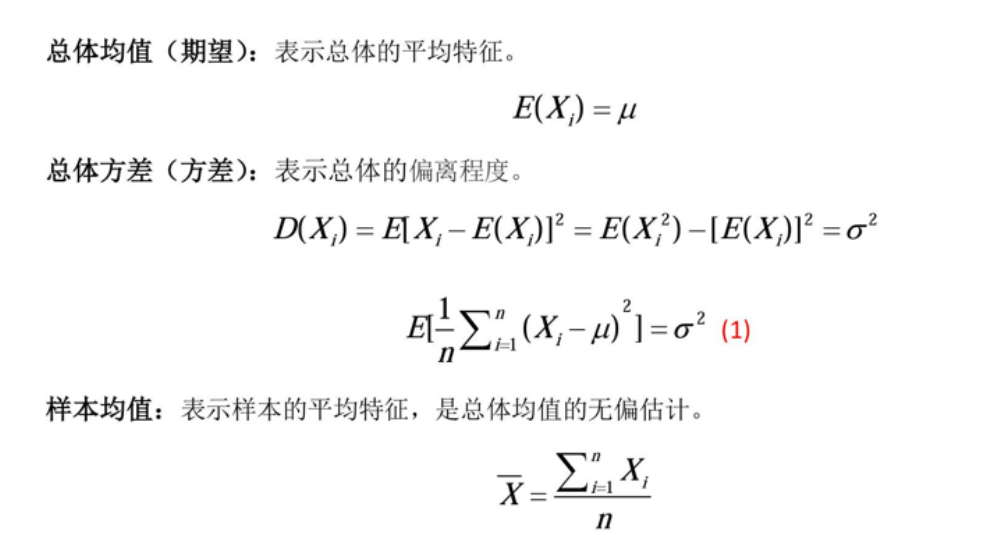
总体均值（期望）：表示总体的平均特征。
\[E(X_{i}) = \mu\]
总体方差（方差）：表示总体的偏离程度。
\[
\begin{align*}
D(X_{i})&=E[X_{i}-E(X_{i})]^{2}=E(X_{i}^{2}) - [E(X_{i})]^{2}=\sigma^{2}\\
E[\frac{1}{n}\sum_{i = 1}^{n}(X_{i}-\mu)^{2}]&=\sigma^{2} \text{ (1)}
\end{align*}
\]
样本均值：表示样本的平均特征，是总体均值的无偏估计。
\[\overline{X}=\frac{\sum_{i = 1}^{n}X_{i}}{n}\]